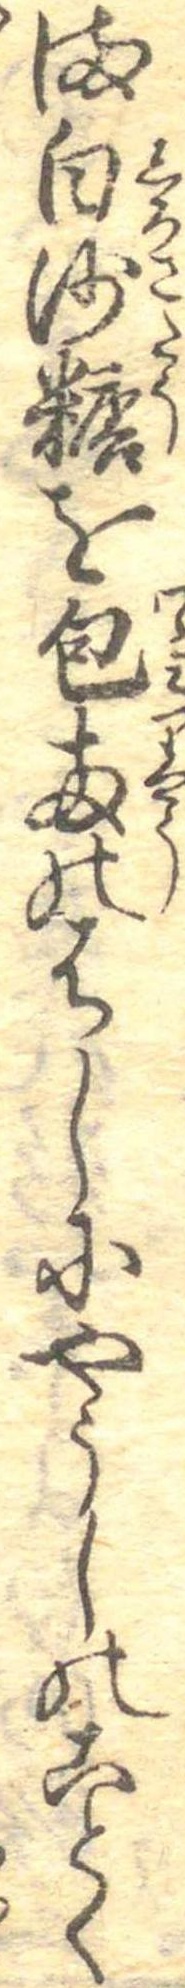
ま白沙糖を包両のはしにやうしのことく